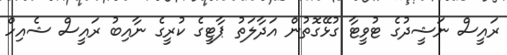
ރައީސް ނަޝީދުގެ ޓުވީޓާ ގުޅޭގޮތުން އަދާލަތު ޕާޓީގެ ކުރީގެ ނާއިބު ރައީސް ޝެއިހް